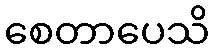
စေတာပေသိ